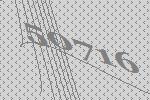
50716